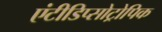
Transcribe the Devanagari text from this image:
एंटीडिप्सोट्रोपिक